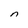
Character: n